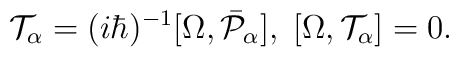
{\cal T}_{\alpha}=(i\hbar)^{-1}[\Omega,\bar{{\cal P}}_{\alpha}],\;[\Omega,{\cal T}_{\alpha}]=0.